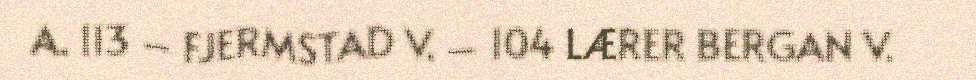
A. 113 – FJERMSTAD V. – 104 LÆRER BERGAN V.